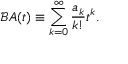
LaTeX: \mathcal { B } A ( t ) \equiv \sum _ { k = 0 } ^ { \infty } \frac { a _ { k } } { k ! } t ^ { k } .